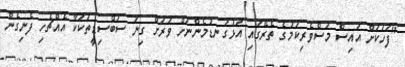
"ފަހަކަށް އައިސް މަސްވެރިކަމުގެ ތެރޭގައި އަޅުގަނޑުމެންނަށް ވަރަށް ގިނަ ސަބްސިޑީތަކަކާ އެއްޗެހި ފެނިގެން